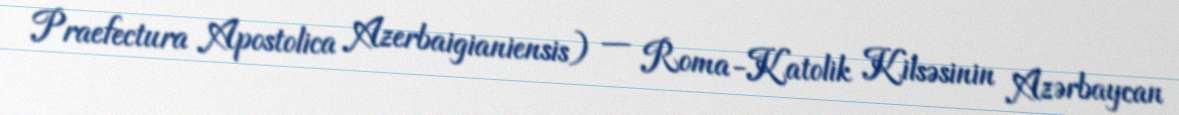
Praefectura Apostolica Azerbaigianiensis) — Roma-Katolik Kilsəsinin Azərbaycan